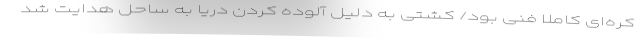
کره‌ای کاملا فنی بود/ کشتی به دلیل آلوده کردن دریا به ساحل هدایت شد